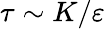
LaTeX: \tau\sim K/\varepsilon